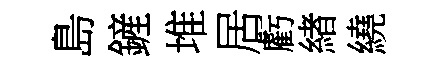
島鏟堆居虧緖繞